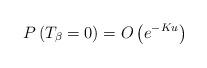
LaTeX: \begin{align*}P\left(T_\beta=0\right)=O\left(e^{-Ku}\right)\end{align*}